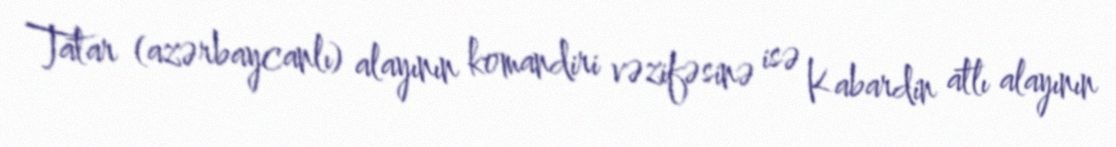
Tatar (azərbaycanlı) alayının komandiri vəzifəsinə isə Kabardin atlı alayının